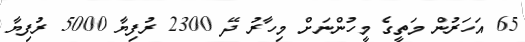
65 އަހަރުން މަތީގެ މީހުންނަށް މިހާރު ދޭ 2300 ރުފިޔާ 5000 ރުފިޔާ